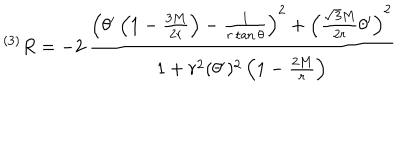
^ { ( 3 ) } R = - 2 \, \frac { \left( \theta ^ { \prime } \left( 1 - \frac { 3 M } { 2 r } \right) - \frac { 1 } { r \tan \theta } \right) ^ { 2 } + \left( \frac { \sqrt { 3 } M } { 2 r } \theta ^ { \prime } \right) ^ { 2 } } { 1 + r ^ { 2 } ( \theta ^ { \prime } ) ^ { 2 } \left( 1 - \frac { 2 M } { r } \right) }